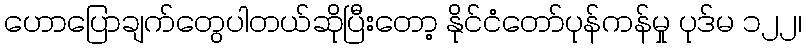
ဟောပြောချက်တွေပါတယ်ဆိုပြီးတော့ နိုင်ငံတော်ပုန်ကန်မှု ပုဒ်မ ၁၂၂၊